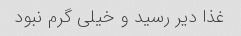
غذا دیر رسید و خیلی گرم نبود